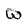
Character: W